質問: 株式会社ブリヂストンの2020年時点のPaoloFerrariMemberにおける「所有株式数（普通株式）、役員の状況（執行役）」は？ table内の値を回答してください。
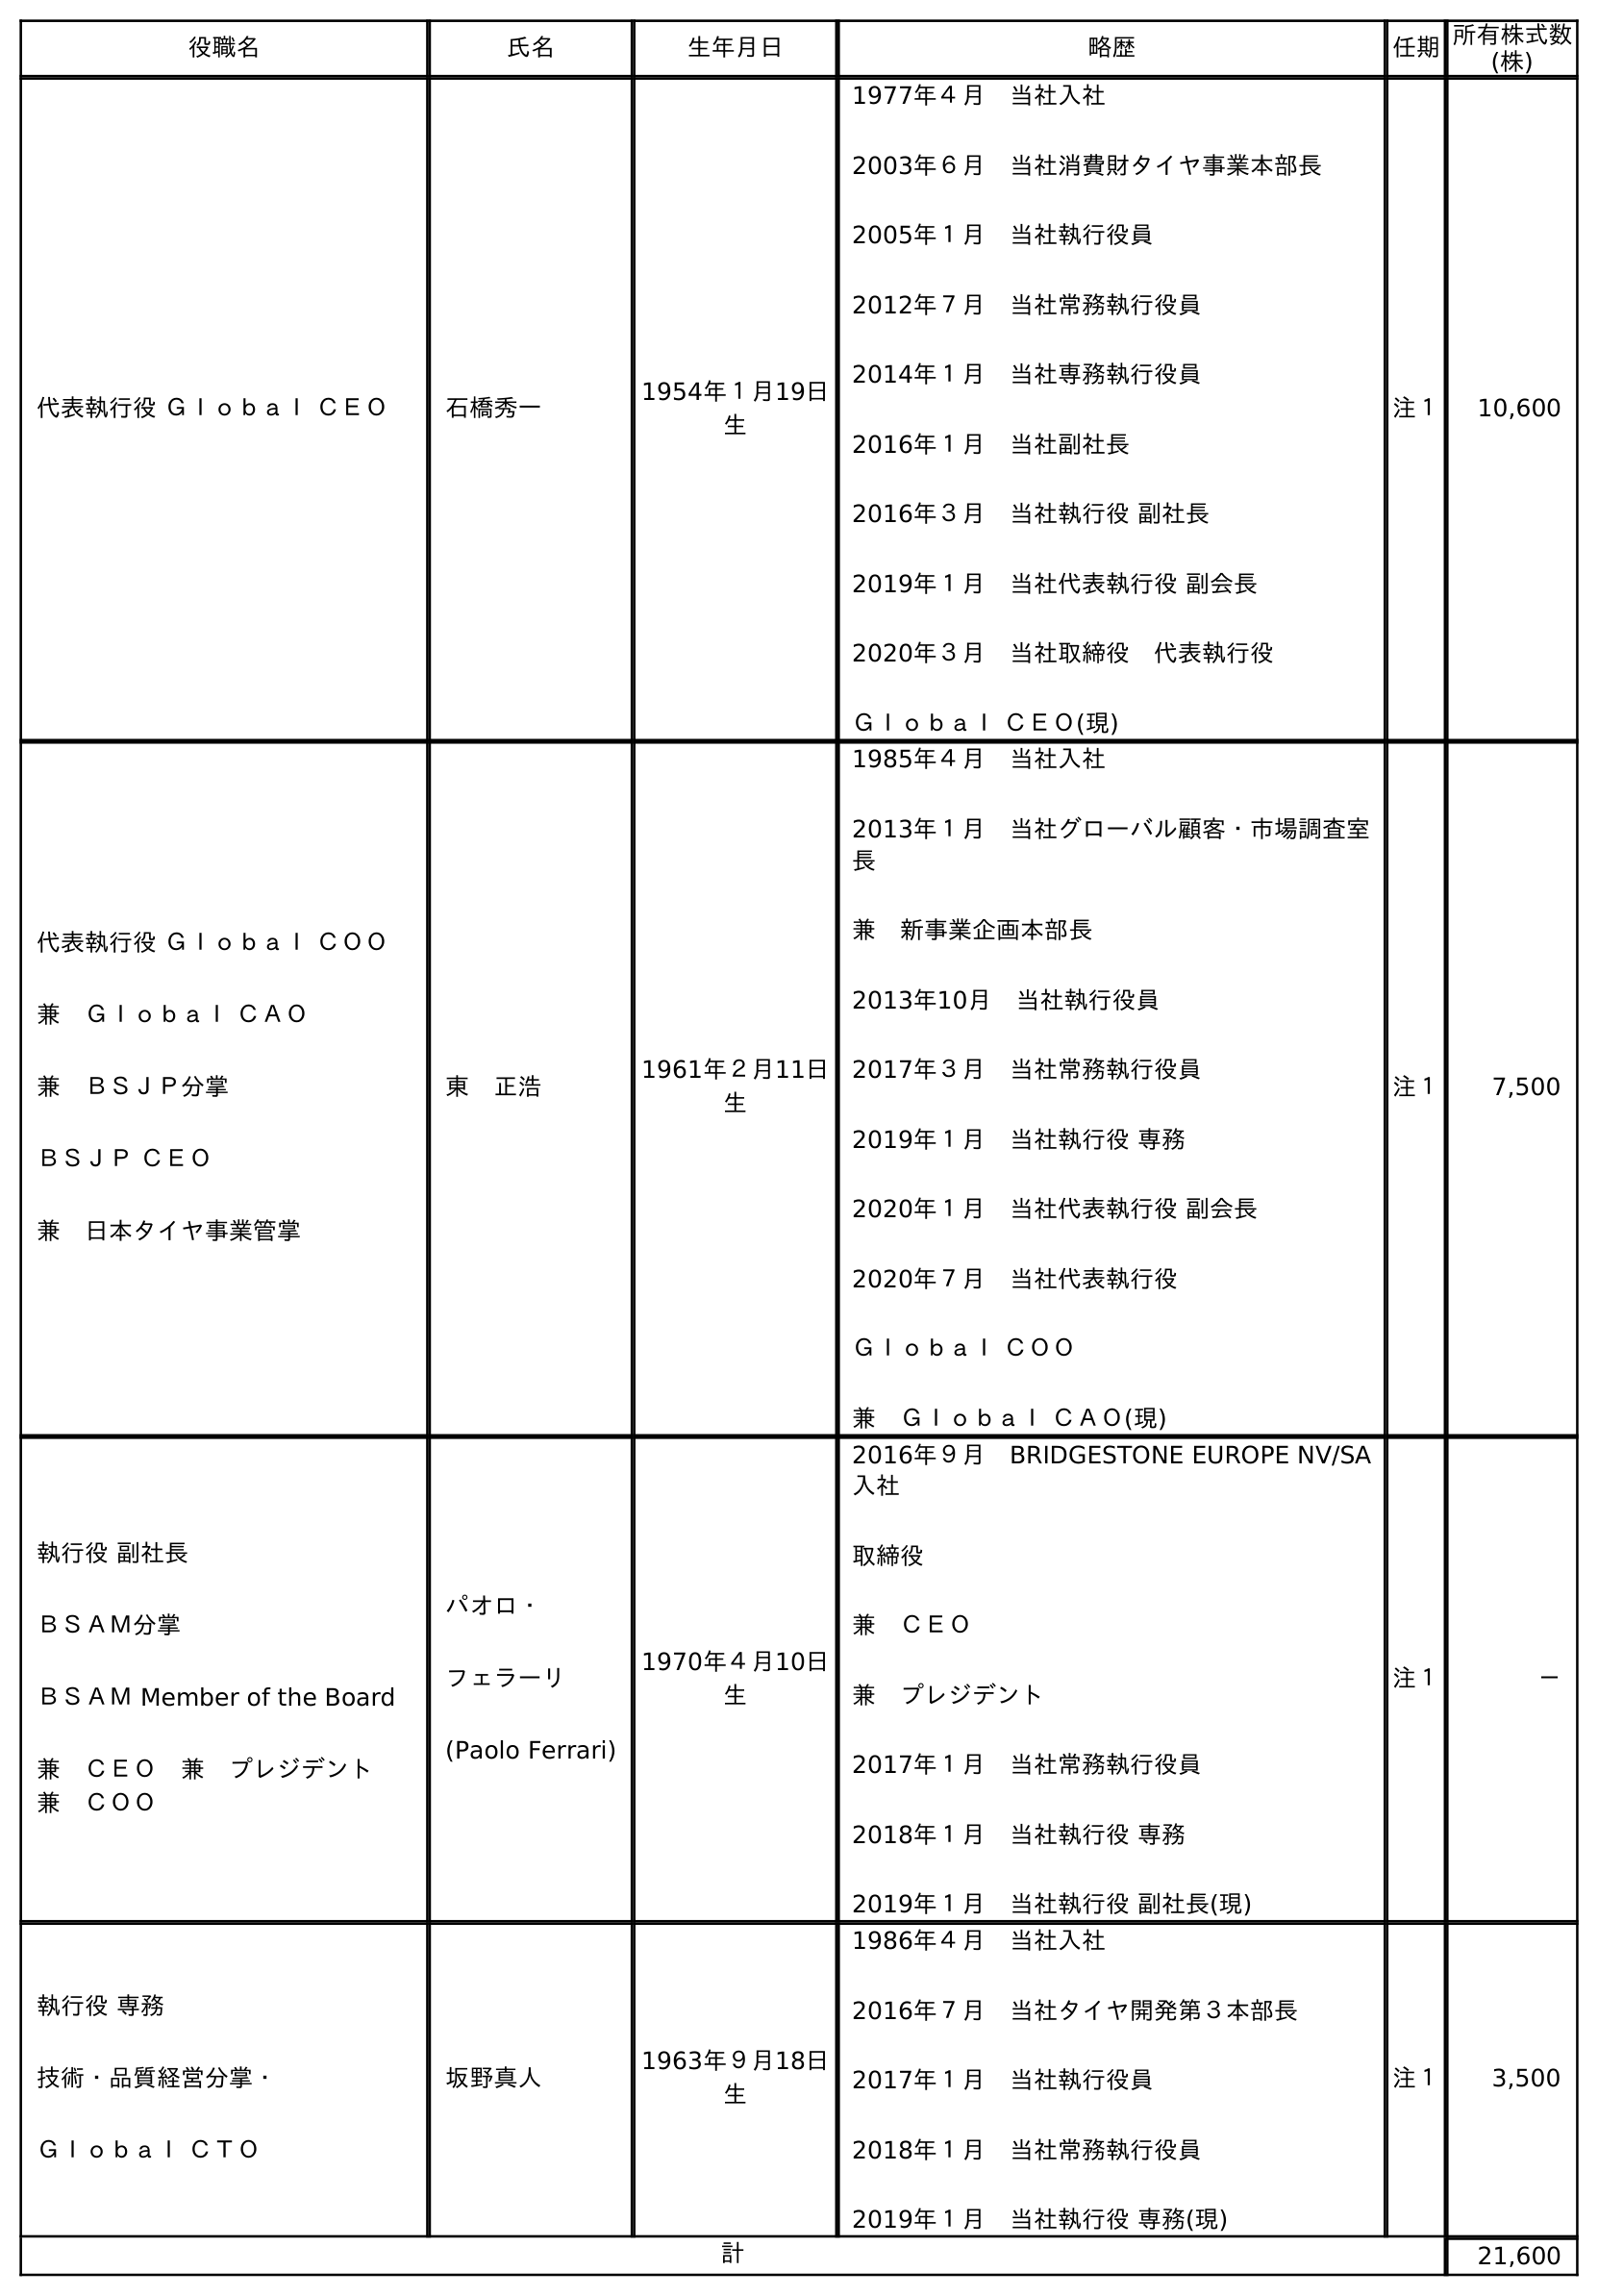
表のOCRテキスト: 役職名 氏名 生年月日 略歴 任期所有株式数 (株) 代表執行役 Ｇｌｏｂａｌ ＣＥＯ 石橋秀一 1954年１月19日 生 1977年４月 当社入社 2003年６月 当社消費財タイヤ事業本部長 2005年１月 当社執行役員 2012年７月 当社常務執行役員 2014年１月 当社専務執行役員 2016年１月 当社副社長 2016年３月 当社執行役 副社長 2019年１月 当社代表執行役 副会長 2020年３月 当社取締役 代表執行役 Ｇｌｏｂａｌ ＣＥＯ(現) 注１ 10,600 代表執行役 Ｇｌｏｂａｌ ＣＯＯ 兼 Ｇｌｏｂａｌ ＣＡＯ 兼 ＢＳＪＰ分掌 ＢＳＪＰ ＣＥＯ 兼 日本タイヤ事業管掌 東 正浩 1961年２月11日 生 1985年４月 当社入社 2013年１月 当社グローバル顧客・市場調査室 長 兼 新事業企画本部長 2013年10月 当社執行役員 2017年３月 当社常務執行役員 2019年１月 当社執行役 専務 2020年１月 当社代表執行役 副会長 2020年７月 当社代表執行役 Ｇｌｏｂａｌ ＣＯＯ 兼 Ｇｌｏｂａｌ ＣＡＯ(現) 注１ 7,500 執行役 副社長 ＢＳＡＭ分掌 ＢＳＡＭ Member of the Board 兼 ＣＥＯ 兼 プレジデント  兼 ＣＯＯ パオロ・ フェラーリ (Paolo Ferrari) 1970年４月10日 生 2016年９月 BRIDGESTONE EUROPE NV/SA 入社 取締役 兼 ＣＥＯ 兼 プレジデント 2017年１月 当社常務執行役員 2018年１月 当社執行役 専務 2019年１月 当社執行役 副社長(現) 注１ － 執行役 専務 技術・品質経営分掌・ Ｇｌｏｂａｌ ＣＴＯ 坂野真人 1963年９月18日 生 1986年４月 当社入社 2016年７月 当社タイヤ開発第３本部長 2017年１月 当社執行役員 2018年１月 当社常務執行役員 2019年１月 当社執行役 専務(現) 注１ 3,500 計 21,600
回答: －